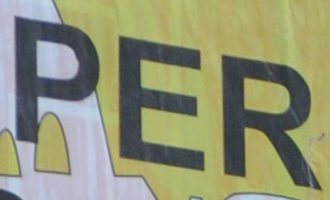
PER